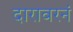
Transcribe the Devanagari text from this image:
दारावरनं